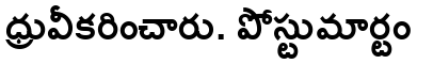
ధ్రువీకరించారు. పోస్టుమార్టం